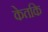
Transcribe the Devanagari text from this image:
केतकि